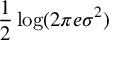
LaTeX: { \frac { 1 } { 2 } } \log ( 2 \pi e \sigma ^ { 2 } )